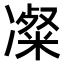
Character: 𫥚